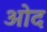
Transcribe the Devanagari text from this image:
ओद